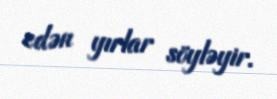
edən yırlar söyləyir.